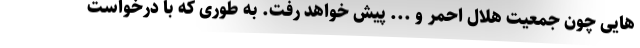
هایی چون جمعیت هلال احمر و ... پیش خواهد رفت. به طوری که با درخواست